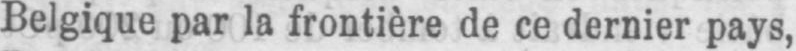
Belgique par la frontière de ce dernier pays,